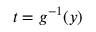
t = g ^ { - 1 } ( y )